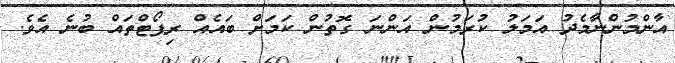
އާންމުންނާމެދު އަމަލު ކުރަމުން އަންނަ ގޮތުން ކަމަށް ބައެއް ރިޕޯޓްތައް ބުނެ އެވެ.